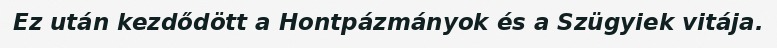
Ez után kezdődött a Hontpázmányok és a Szügyiek vitája.